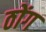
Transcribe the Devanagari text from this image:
ठोंग